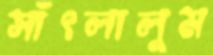
সাঁৎলালুম